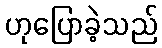
ဟုပြောခဲ့သည်